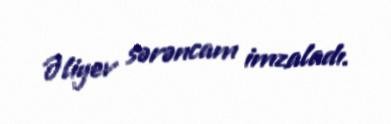
Əliyev sərəncam imzaladı.